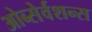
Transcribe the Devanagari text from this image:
ओब्सेर्वशन्स